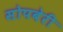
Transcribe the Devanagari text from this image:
सोपबेरी